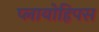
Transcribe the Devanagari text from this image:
प्लायोहिपस